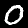
Digit: 0